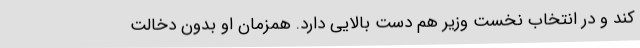
کند و در انتخاب نخست وزیر هم دست بالایی دارد. همزمان او بدون دخالت